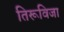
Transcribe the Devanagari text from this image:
तिरूविजा